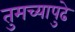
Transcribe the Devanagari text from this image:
तुमच्यापुढे